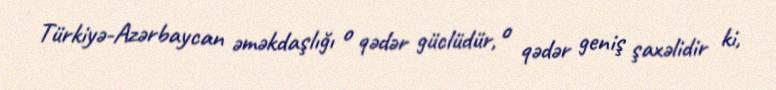
Türkiyə-Azərbaycan əməkdaşlığı o qədər güclüdür, o qədər geniş şaxəlidir ki,